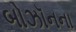
બોઝૉનના